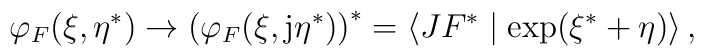
\varphi _F(\xi ,\eta ^{*})\rightarrow \left( \varphi _F(\xi ,{\rm j}\eta^{*})\right) ^{*}=\left\langle JF^{*}\mid \exp (\xi ^{*}+\eta )\right\rangle,